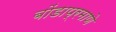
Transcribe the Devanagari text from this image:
बोंडाप्रमाणे